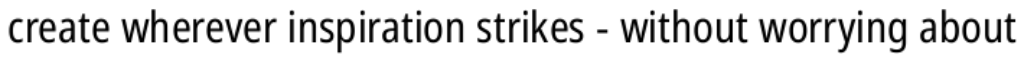
create wherever inspiration strikes - without worrying about